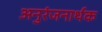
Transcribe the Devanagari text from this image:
अनुरंजनार्थक